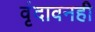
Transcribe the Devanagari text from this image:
वृंदावनही